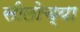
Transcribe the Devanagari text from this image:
सीलोच्या